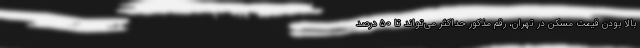
بالا بودن قیمت مسکن در تهران، رقم مذکور حداکثر می‌تواند تا ۵۰ درصد